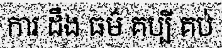
ការ ដឹង ធម៌ គប្បី គប់